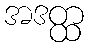
အဒတ္ထ